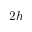
2 h